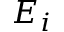
E _ { i }